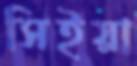
সিইয়া